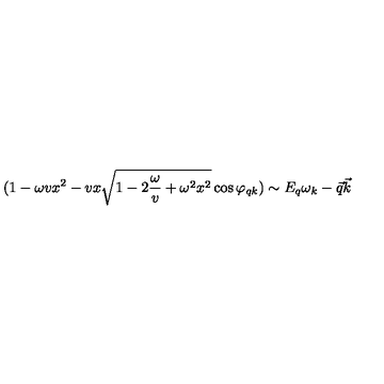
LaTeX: ( 1 - \omega v x ^ { 2 } - v x \sqrt { 1 - 2 { \frac { \omega } { v } } + \omega ^ { 2 } x ^ { 2 } } \cos \varphi _ { q k } ) \sim E _ { q } \omega _ { k } - \vec { q } \vec { k }